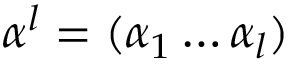
\boldsymbol { \alpha } ^ { l } = ( \alpha _ { 1 } \ldots \alpha _ { l } )